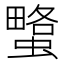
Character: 𧐯